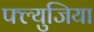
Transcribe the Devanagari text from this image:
फ्ल्युजिया